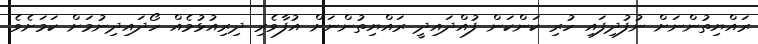
ރައްޔިތުންނަށް ނުފުދިފައި ހުރި ކަންކަން ފުއްދައިދީ ރައްޔިތުންނަށް އުފާވެރި ދިރިއުޅުމެއް ހޯދައިދިނުމަށް ކަމަށެވެ.